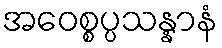
အဝေစ္စပ္ပသန္နာနံ